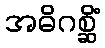
အဓိဂစ္ဆိံ